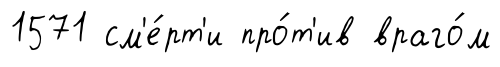
1571 см'е́рт'и про́т'ив враго́м